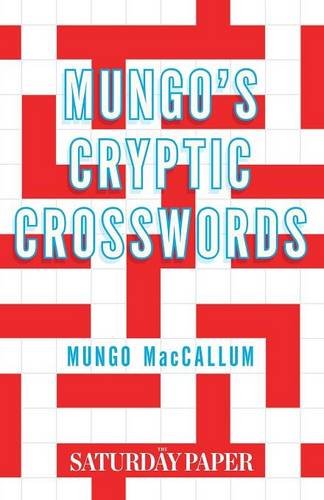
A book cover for Mungo's Cryptic Crosswords: From The Saturday Paper; Mungo MacCallum; Crafts, Hobbies & Home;